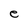
Character: e